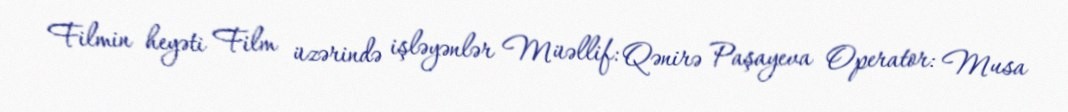
Filmin heyəti Film üzərində işləyənlər Müəllif: Qənirə Paşayeva Operator: Musa